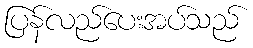
ပြန်လည်ပေးအပ်သည်